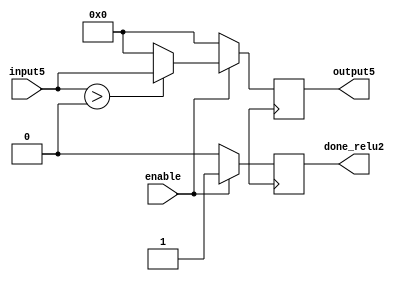
module relu2(
    input enable,
    input signed[29:0] input5,
    output reg signed[29:0] output5,
    output reg done_relu2
    );
    generate
    genvar i,j,k;
        always @(posedge clk)begin
            if(enable) begin
                if(input5 > 30'd0)begin
                    output5 <= input5;
                end
                else begin
                    output5 = 30'd0;
                end
                done_relu2 = 1'd1;
            end
            else begin
                output5 = 30'd0;
                done_relu2 = 1'd0;
            end   
        end
    endgenerate
endmodule